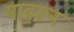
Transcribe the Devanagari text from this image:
यावरून